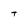
Character: T